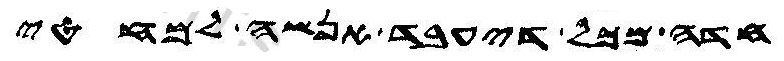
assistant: חדה מכל דיעבד אנשה למחטי